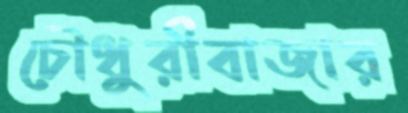
চৌধুরীবাজার